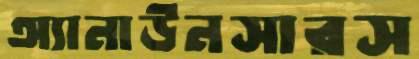
অ্যানাউনসারস